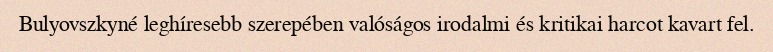
Bulyovszkyné leghíresebb szerepében valóságos irodalmi és kritikai harcot kavart fel.